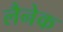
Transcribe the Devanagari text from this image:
लैनेक